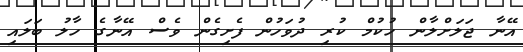
އޭނާ ޖަލަށްލާން ހުކުމް ކުރި ދުވަހުން ފެށިގެން ވެސް އޭނާގެ ހާލު ބަލައި